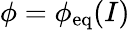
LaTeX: \phi=\phi_{\mathrm{eq}}(I)